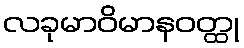
လခုမာဝိမာနဝတ္ထု